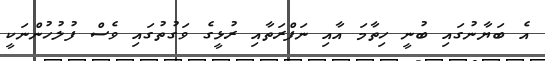
އެ ބަޔާނުގައި ބުނީ ހިތާމަ އާއި ނަފްރަތާއި ރުޅީގެ ވަގުތުގައި ވެސް ފުލުހުންނަކީ